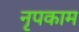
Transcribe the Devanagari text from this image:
नृपकाम